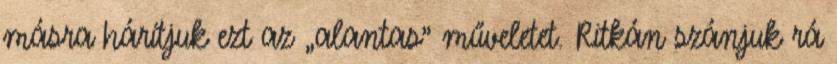
másra hárítjuk ezt az „alantas” műveletet. Ritkán szánjuk rá